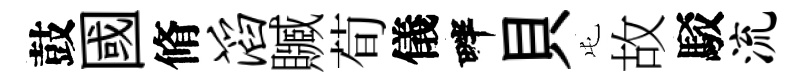
鼓國脩滔贓荀儀畔貝屯故駁流